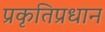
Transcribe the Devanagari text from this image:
प्रकृतिप्रधान